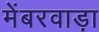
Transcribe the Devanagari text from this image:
मेंबरवाड़ा